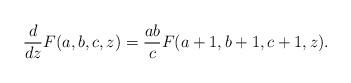
LaTeX: \begin{align*}\frac{d}{dz}F(a,b,c,z)=\frac{ab}{c}F(a+1,b+1,c+1,z).\end{align*}